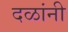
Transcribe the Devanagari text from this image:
दळांनी